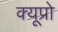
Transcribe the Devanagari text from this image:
क्यूप्रो